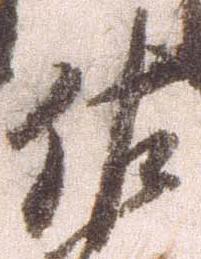
佐